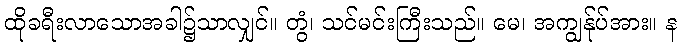
ထိုခရီးလာသောအခါ၌သာလျှင်။ တွံ၊ သင်မင်းကြီးသည်။ မေ၊ အကျွန်ုပ်အား။ န